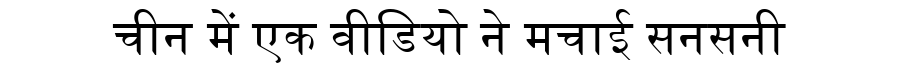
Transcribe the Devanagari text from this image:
चीन में एक वीडियो ने मचाई सनसनी